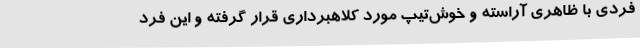
فردی با ظاهری آراسته و خوش‌تیپ مورد کلاهبرداری قرار گرفته و این فرد